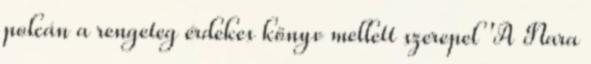
polcán a rengeteg érdekes könyv mellett szerepel 'A Nara